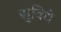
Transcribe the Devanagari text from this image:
सुविधे